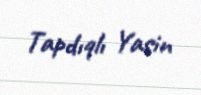
Tapdıqlı Yasin